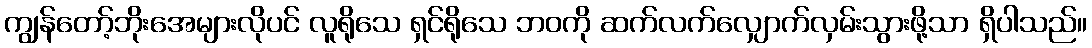
ကျွန်တော့်ဘိုးအေများလိုပင် လူရိုသေ ရှင်ရိုသေ ဘဝကို ဆက်လက်လျှောက်လှမ်းသွားဖို့သာ ရှိပါသည်။